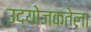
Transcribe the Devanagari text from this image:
उद्योजकतेला